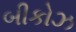
બીકોઝ